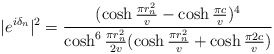
\begin{align*}|e^{i\delta_n}|^2=\frac{(\cosh\frac{\pi r_{n}^{2}}{v}-\cosh\frac{\pi c}{v})^4}{\cosh^6 \frac{\pi r_{n}^{2}}{2v} (\cosh\frac{\pi r_{n}^{2}}{v}+\cosh\frac{\pi 2c}{v})}\end{align*}